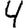
Digit: 4